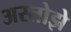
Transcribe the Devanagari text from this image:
अस्तोझे